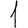
Digit: 1